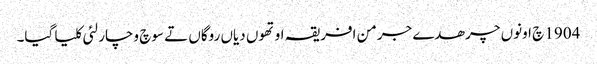
1904 چ اونوں چرھدے جرمن افریقہ اوتھوں دیاں روگاں تے سوچ وچار لئی کلیا گیا۔